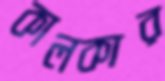
কালকার